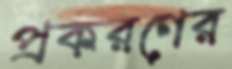
প্রকরণের